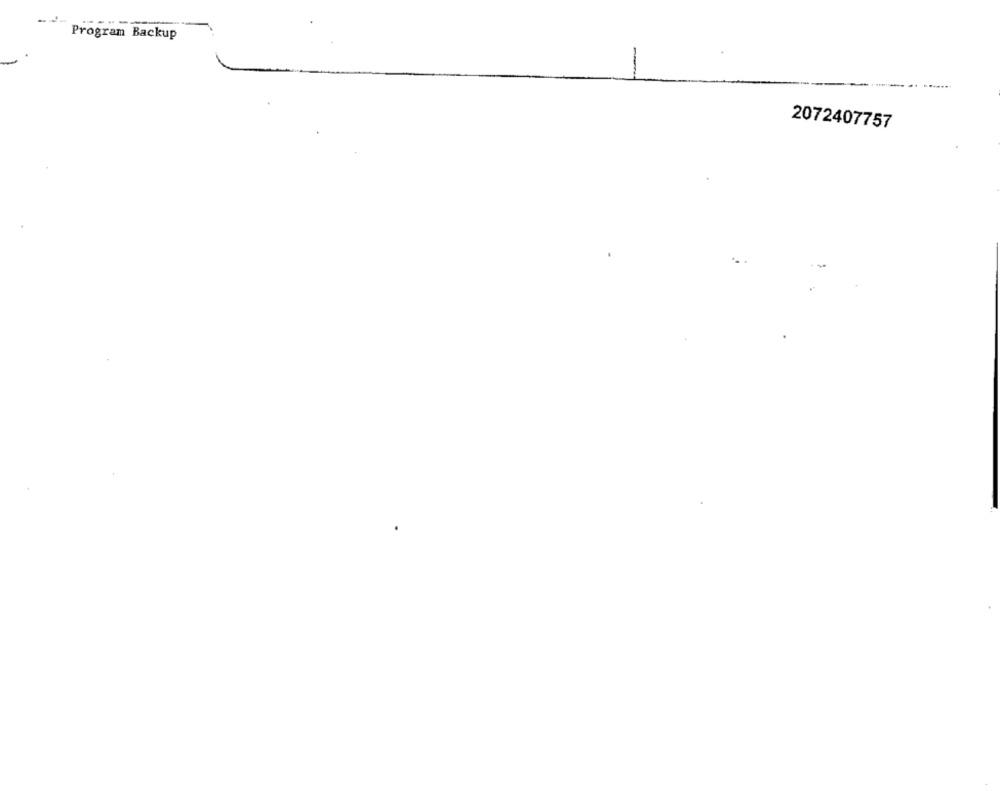
Program Backup
2072407757